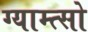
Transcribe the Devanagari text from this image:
ग्याम्त्सो